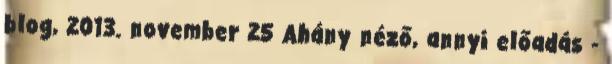
blog, 2013. november 25 Ahány néző, annyi előadás -